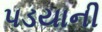
પડયાની